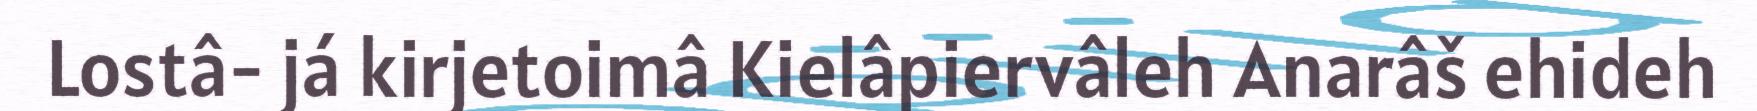
Lostâ- já kirjetoimâ Kielâpiervâleh Anarâš ehideh